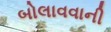
બોલાવવાની